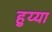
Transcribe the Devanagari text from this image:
हुय्या